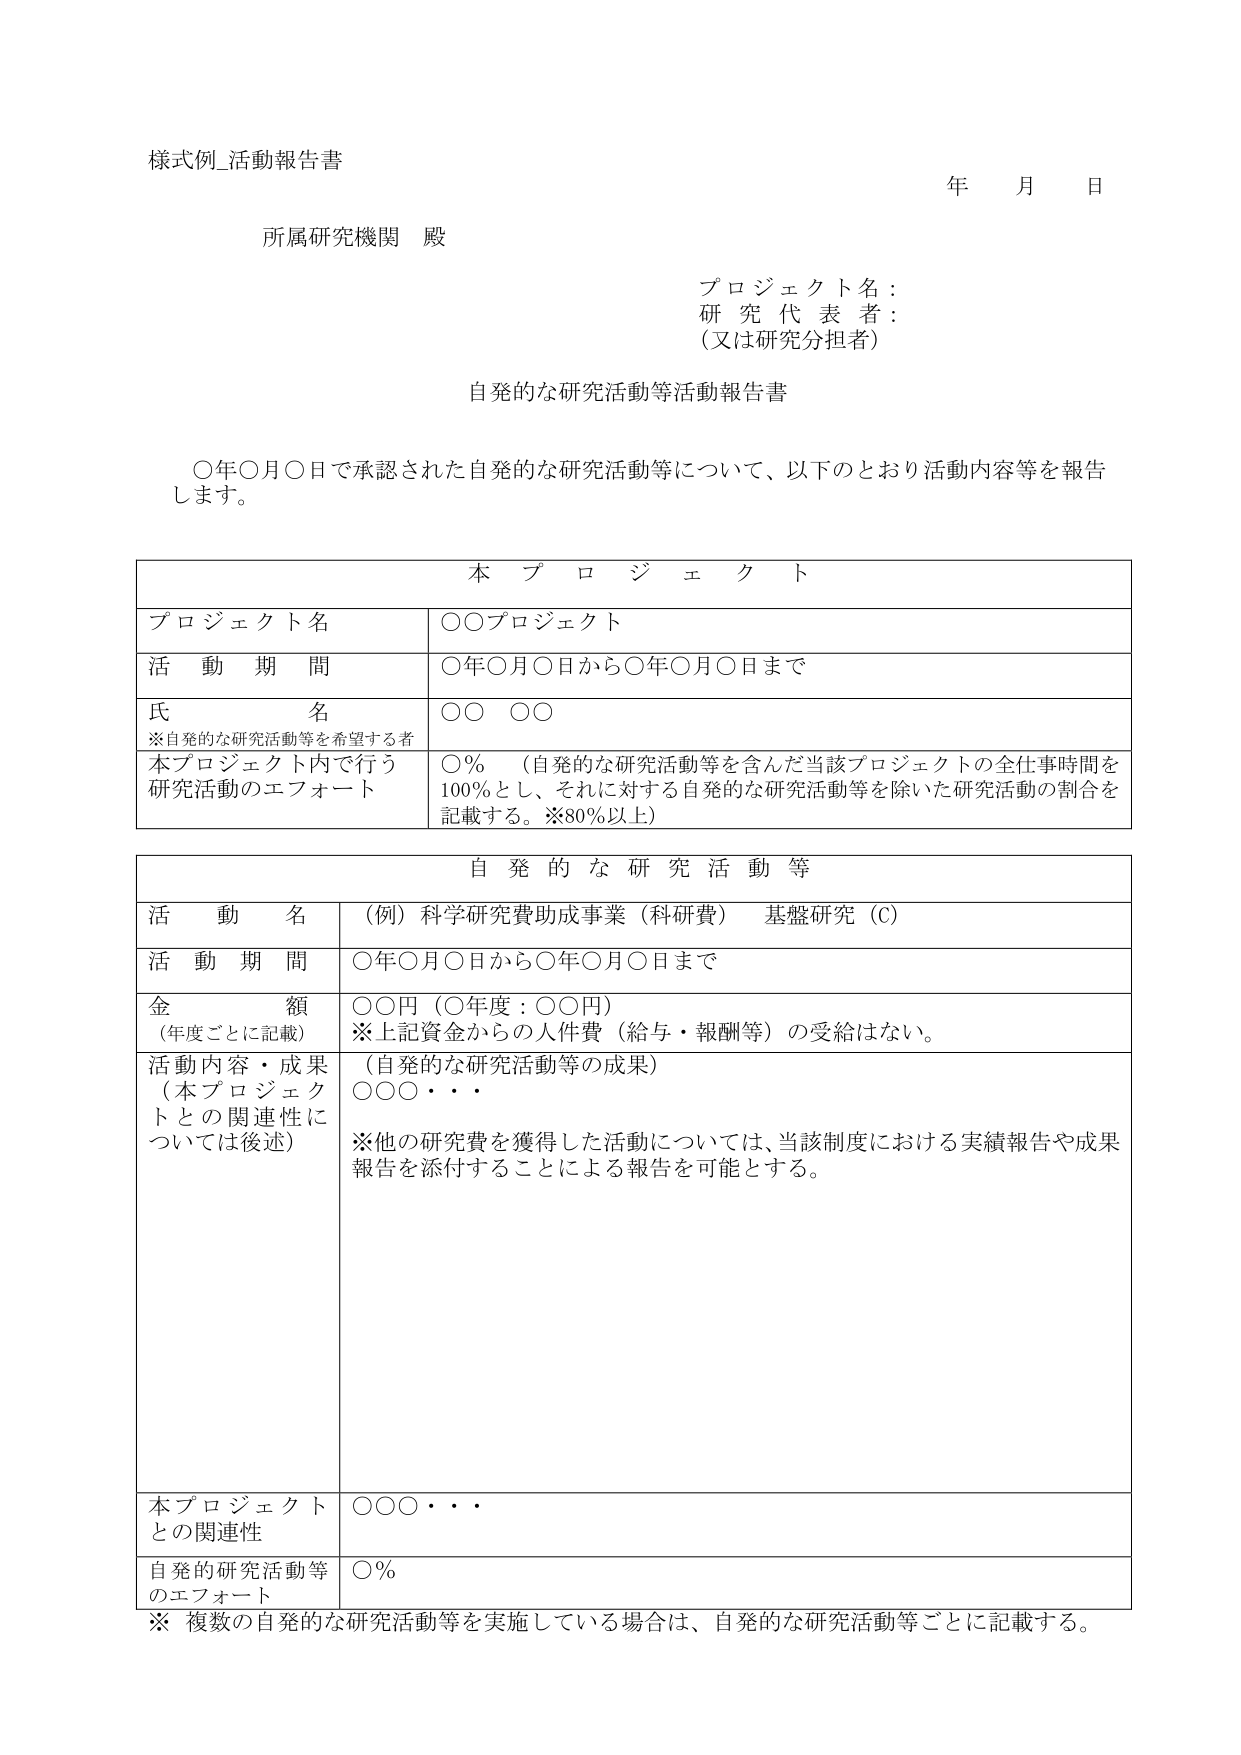
様式例_活動報告書

年 月 日

所属研究機関 殿

プロジェクト名：
研究代表者：
（又は研究分担者）

自発的な研究活動等活動報告書

○年○月○日で承認された自発的な研究活動等について、以下のとおり活動内容等を報告します。

本プロジェクト

プロジェクト名　○○プロジェクト

活動期間　○年○月○日から○年○月○日まで

氏名　○○ ○○
※自発的な研究活動等を希望する者

本プロジェクト内で行う研究活動のエフォート　○％　（自発的な研究活動等を含んだ当該プロジェクトの全仕事時間を100％とし、それに対する自発的な研究活動等を除いた研究活動の割合を記載する。※80％以上）

自発的な研究活動等

活動名　（例）科学研究費助成事業（科研費）　基盤研究（C）

活動期間　○年○月○日から○年○月○日まで

金額　（年度ごとに記載）　○○円（○年度：○○円）
※上記資金からの人件費（給与・報酬等）の受給はない。

活動内容・成果（本プロジェクトとの関連性については後述）　（自発的な研究活動等の成果）
○○○・・・
※他の研究費を獲得した活動については、当該制度における実績報告や成果報告を添付することによる報告を可能とする。

本プロジェクトとの関連性　○○○・・・

自発的研究活動等のエフォート　○％

※ 複数の自発的な研究活動等を実施している場合は、自発的な研究活動等ごとに記載する。